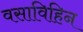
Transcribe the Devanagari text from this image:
वसाविहिन